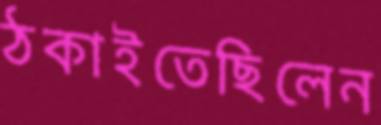
ঠকাইতেছিলেন